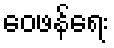
ဝေဖန်ရေး